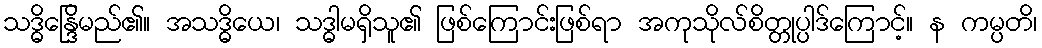
သဒ္ဓိန္ဒြေိမည်၏။ အသဒ္ဓိယေ၊ သဒ္ဓါမရှိသူ၏ ဖြစ်ကြောင်းဖြစ်ရာ အကုသိုလ်စိတ္တုပ္ပါဒ်ကြောင့်။ န ကမ္ပတိ၊